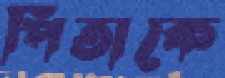
পিতাকে